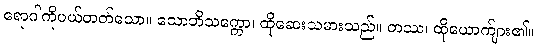
ရောဂါကိုပယ်တတ်သော။ သောဘိသက္ကော၊ ထိုဆေးသမားသည်။ တဿ၊ ထိုယောက်ျား၏။